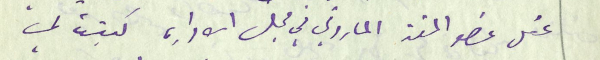
عقل عضو المتن الماروني في مجلس الاداره كتبت لي